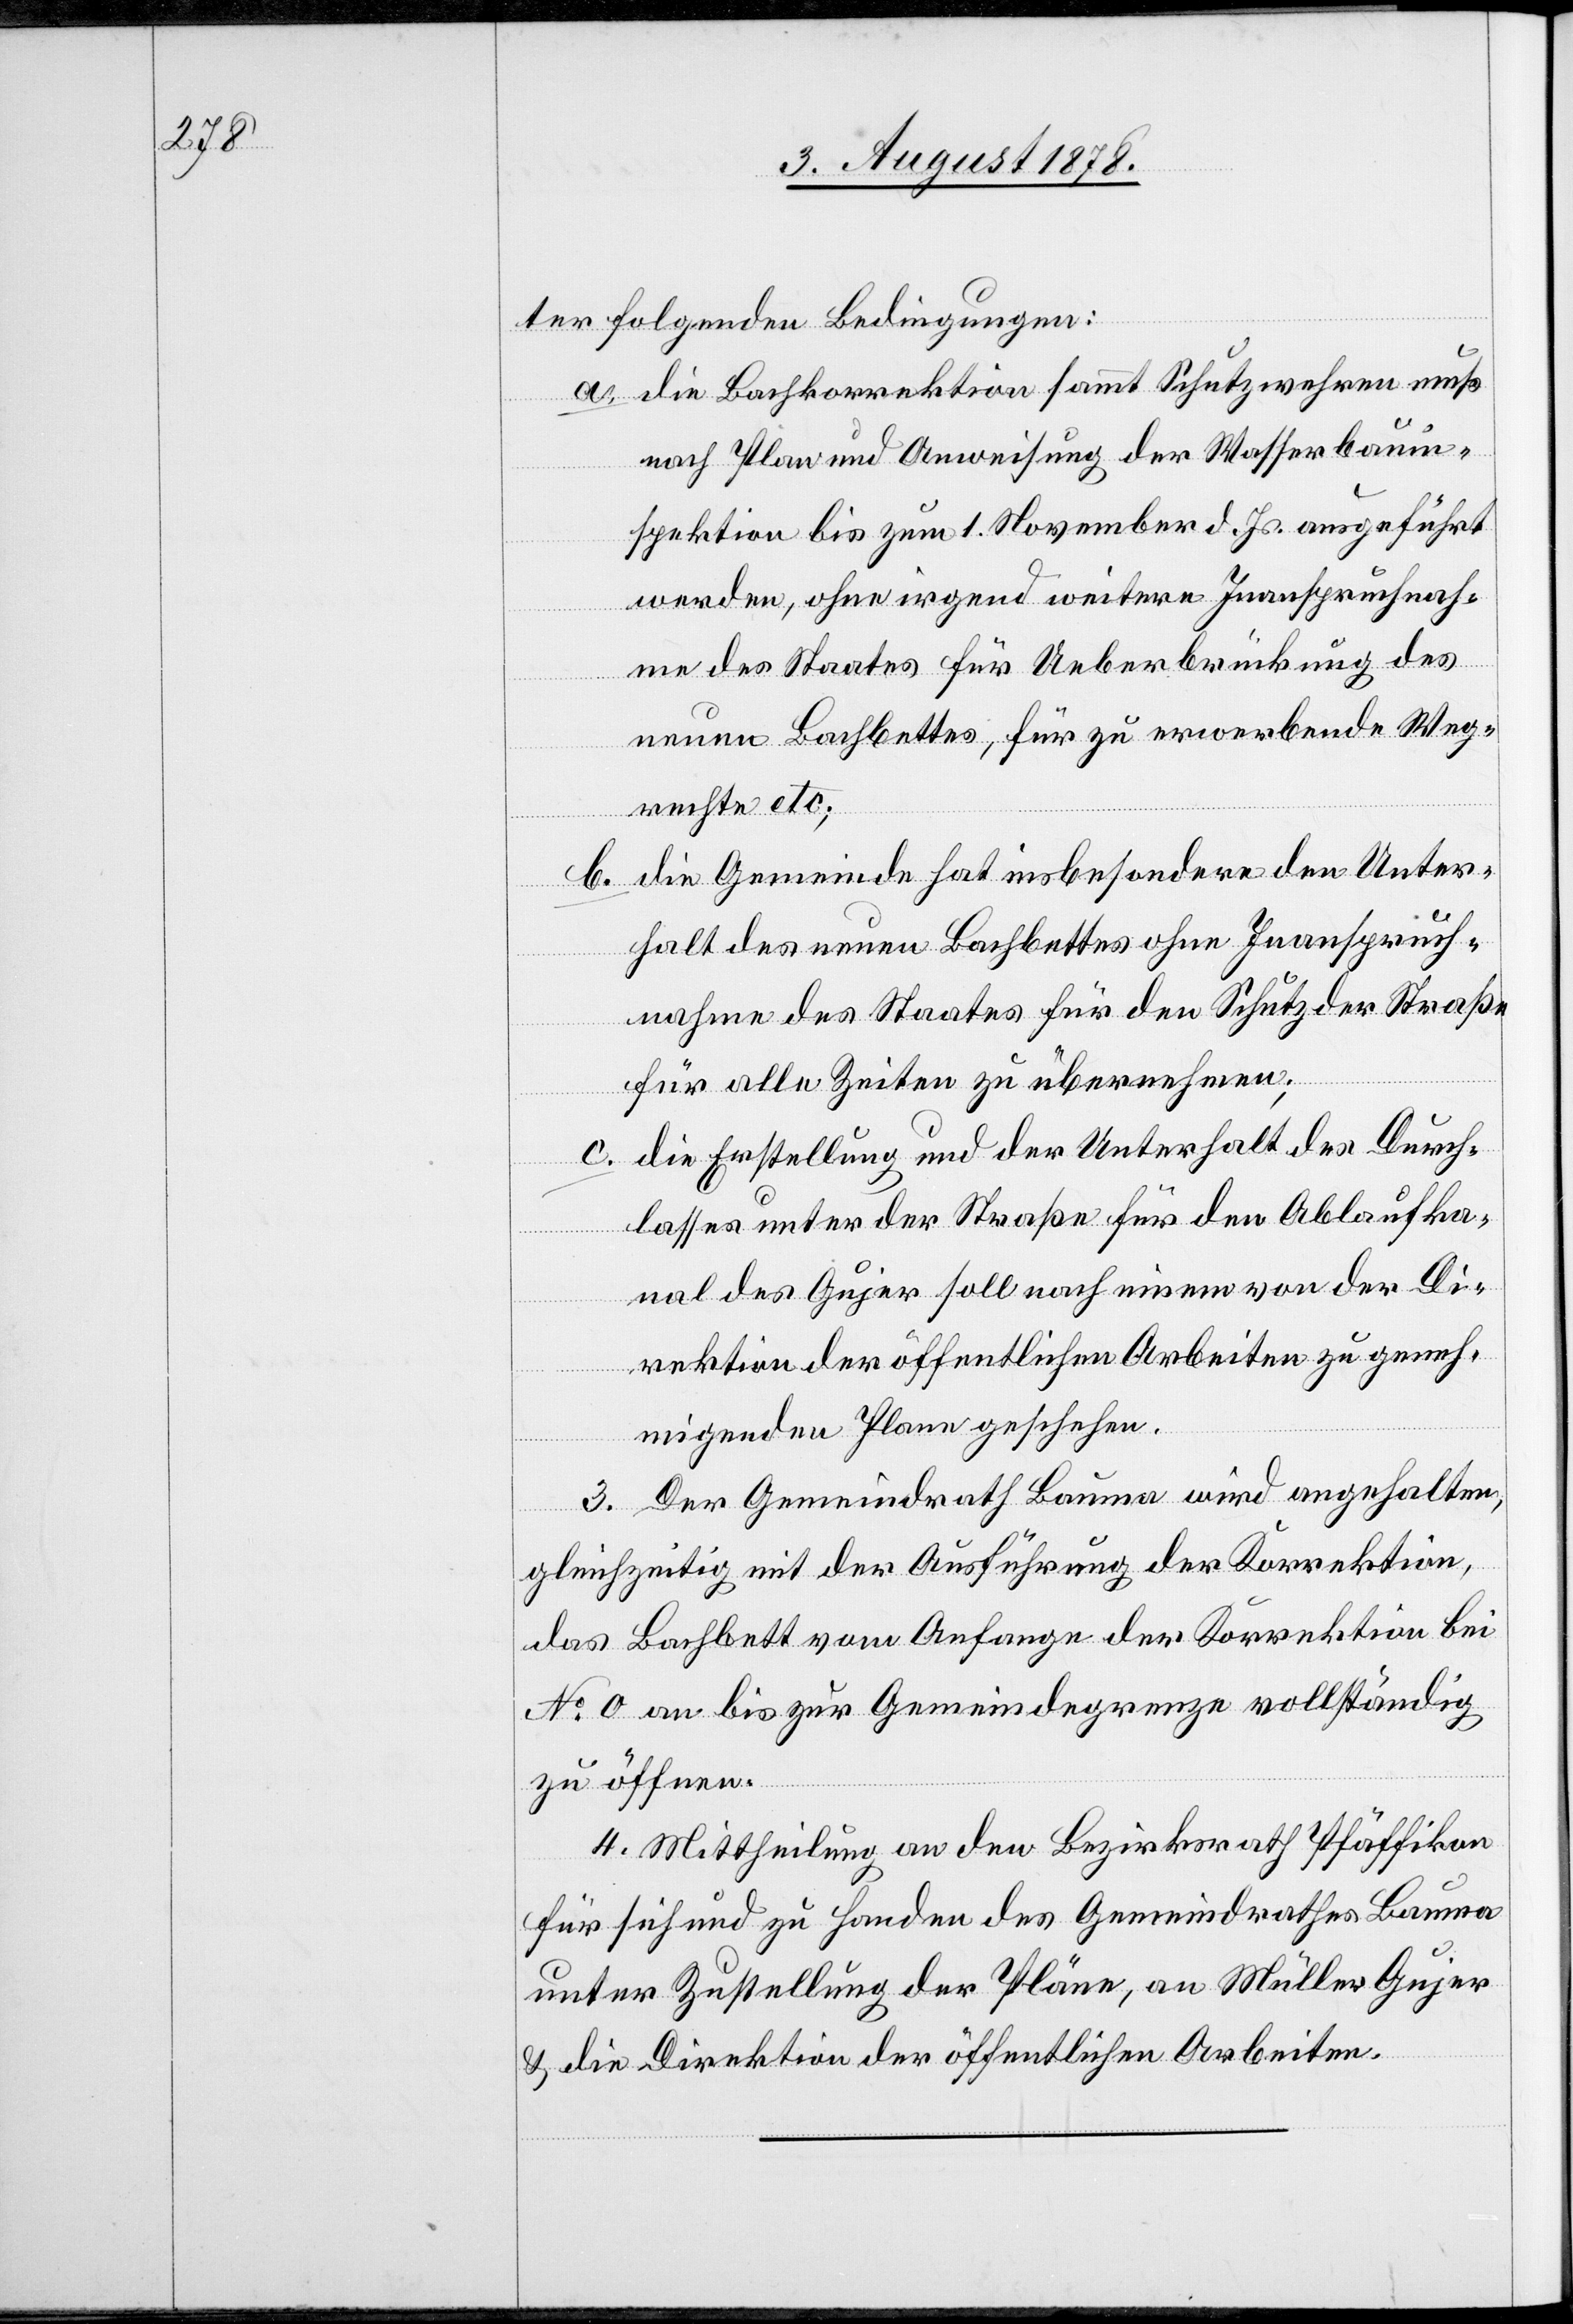
ter folgenden Bedingungen:
a. die Bachkorrektion sammt Schutzwehren muß
nach Plan und Anweisung der Wasserbauin¬
spektion bis zum 1. November d. Js. ausgeführt
werden, ohne irgend weitere Inanspruchnah¬
me des Staates für Ueberbrückung des
neuen Bachbettes, für zu erwerbende Weg¬
rechte etc;
b. die Gemeinde hat insbesondere den Unter¬
halt des neuen Bachbettes ohne Inanspruch¬
nahme des Staates für den Schutz der Straße
für alle Zeiten zu übernehmen;
c. die Erstellung und der Unterhalt des Durch¬
lasses unter der Straße für den Ablaufka¬
nal des Gujer soll nach einem von der Di¬
rektion der öffentlichen Arbeiten zu geneh¬
migenden Plane geschehen.
3. Der Gemeindrath Bauma wird angehalten,
gleichzeitig mit der Ausführung der Korrektion,
das Bachbett vom Anfange der Korrektion bei
No 0 bis zur Gemeindegrenze vollständig
zu öffnen.
4. Mittheilung an den Bezirksrath Pfäffikon
für sich und zu Handen des Gemeindrathes Bauma
unter Zustellung der Pläne, an Müller Gujer
& die Direktion der öffentlichen Arbeiten.